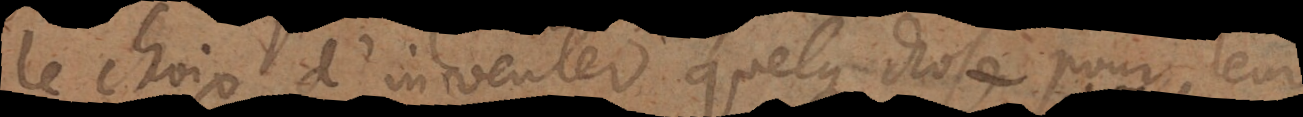
le choix d’inventer quelque chose pour